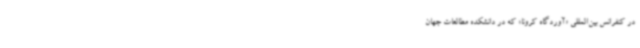
در کنفرانس بین‌المللی «آوردگاه کرونا» که در دانشکده مطالعات جهان